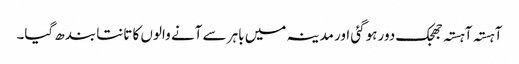
آہستہ آہستہ جھجک دور ہوگئی اور مدینہ میں باہر سے آنے والوں کا تانتا بندھ گیا۔